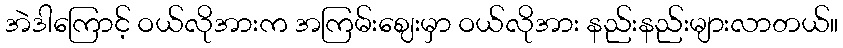
အဲဒါကြောင့် ဝယ်လိုအားက အကြမ်းဈေးမှာ ဝယ်လိုအား နည်းနည်းများလာတယ်။